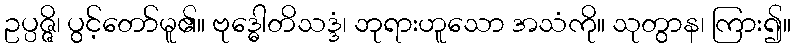
ဥပ္ပဇ္ဇိ၊ ပွင့်တော်မူ၏။ ဗုဒ္ဓေါတိသဒ္ဒံ၊ ဘုရားဟူသော အသံကို။ သုတွာန၊ ကြား၍။